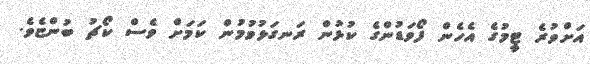
އަށްވުރެ ޓީމުގެ އެހެން ފޯވަޑުންގެ ކުޅުން ރަނގަޅުވުމުން ކަމަށް ވެސް ކޯޗު ބުންޏެވެ.